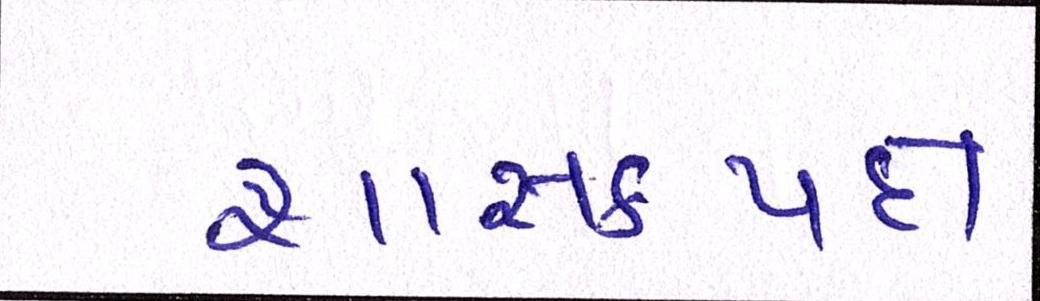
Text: શાસકપક્ષ